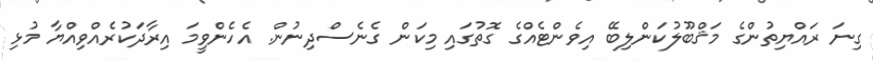
ގިނަ ރައްޔިތުންގެ މަޤްބޫލުކަންލިބޭ އިވެންޓެއްގެ ގޮތުގައި މިކަން ގެނެސްދިނުން. އެހެންވީމަ އިރާދަކުރެއްވިއްޔާ މުޅި